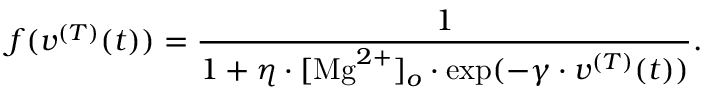
f ( v ^ { ( T ) } ( t ) ) = \frac { 1 } { 1 + \eta \cdot [ \mathrm { M g } ^ { 2 + } ] _ { o } \cdot \exp ( - \gamma \cdot v ^ { ( T ) } ( t ) ) } .